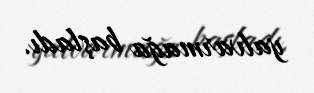
yalvarmağa başladı.